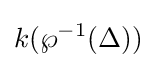
k(\wp ^{-1}(\Delta ))